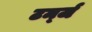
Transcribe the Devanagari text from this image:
टर्म्ज